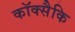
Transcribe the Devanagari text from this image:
कॉक्सैकि